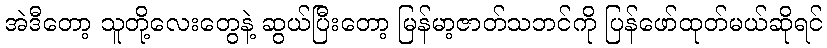
အဲဒီတော့ သူတို့လေးတွေနဲ့ ဆွယ်ပြီးတော့ မြန်မာ့ဇာတ်သဘင်ကို ပြန်ဖော်ထုတ်မယ်ဆိုရင်